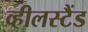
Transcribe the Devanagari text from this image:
व्हीलस्टैंड